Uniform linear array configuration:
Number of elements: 32
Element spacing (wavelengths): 1
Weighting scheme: uniform
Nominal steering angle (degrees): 45
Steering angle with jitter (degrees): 43.668
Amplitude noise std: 0.05
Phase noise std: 0.05

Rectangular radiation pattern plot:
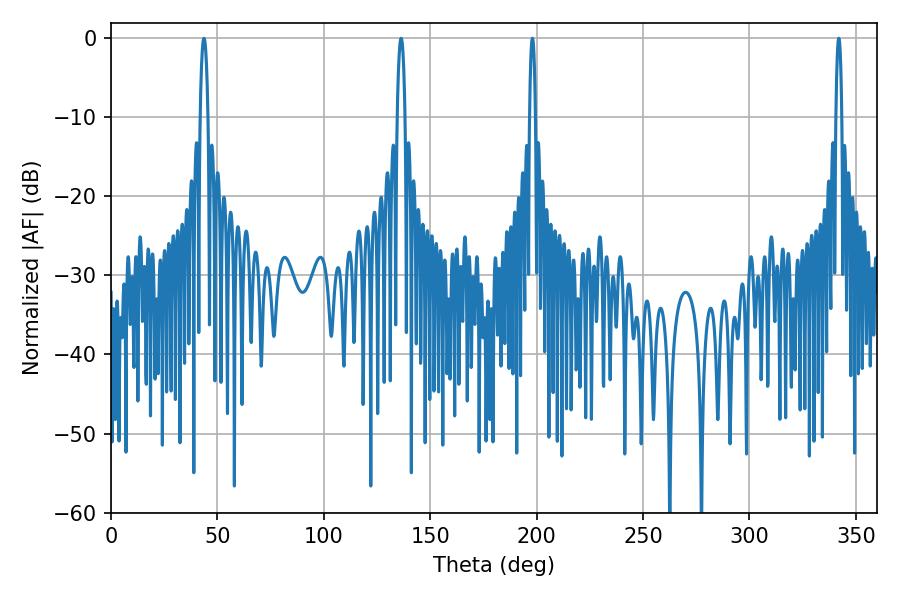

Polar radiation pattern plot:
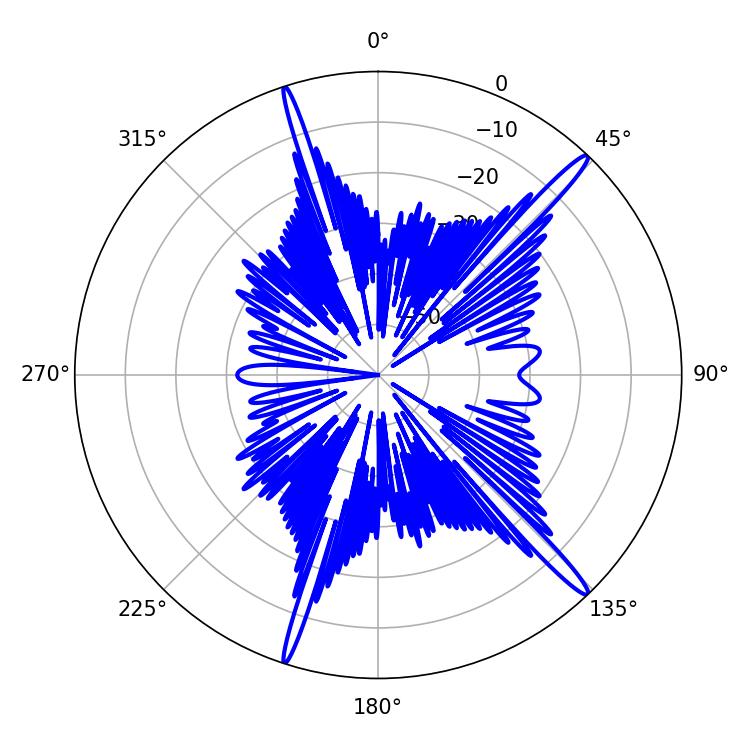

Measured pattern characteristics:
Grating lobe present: TRUE
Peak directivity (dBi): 17.054
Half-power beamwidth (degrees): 1.44
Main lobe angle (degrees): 342